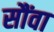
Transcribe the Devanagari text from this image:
सौंवा